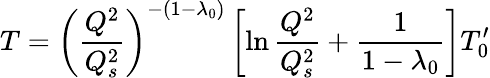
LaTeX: T=\left({\frac{Q^{2}}{Q_{s}^{2}}}\right)^{-(1-\lambda_{0})}\left[\ln{\frac{Q^{2}}{Q_{s}^{2}}}+{\frac{1}{1-\lambda_{0}}}\right]T_{0}^{\prime}